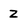
Character: Z